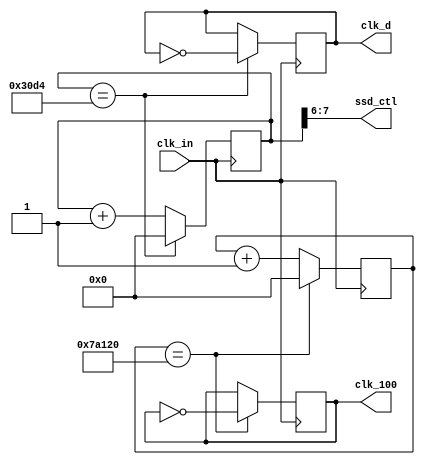
`timescale 1ns / 1ps


module freq_div(
     clk_in,
     clk_d,
     clk_100,
     ssd_ctl
    );
    input  clk_in;
    output reg clk_d;
    output reg clk_100;
    output [1:0] ssd_ctl;
    reg [26:0] cnt;
    reg [26:0] cnt_500K;
    
    initial 
    begin
        cnt = 27'b0;
        cnt_500K = 27'b0;
        clk_d = 1'b0;
        clk_100 = 1'b0;
    end
    
    assign ssd_ctl = cnt[7:6];
    
    always@( posedge clk_in  ) //100Hz
    begin
       if ( cnt_500K == 500_000 ) begin
            cnt_500K <= 27'b0;
            clk_100 <= ~clk_100;
            end
        else
            cnt_500K <= cnt_500K + 1;
    end
        
    always@( posedge clk_in  ) //1000*4Hz
    begin
       if ( cnt == 12500 ) begin //50000/4
            cnt <= 27'b0;
            clk_d <= ~clk_d;
            end
        else
            cnt <= cnt + 1;
    end
    
endmodule